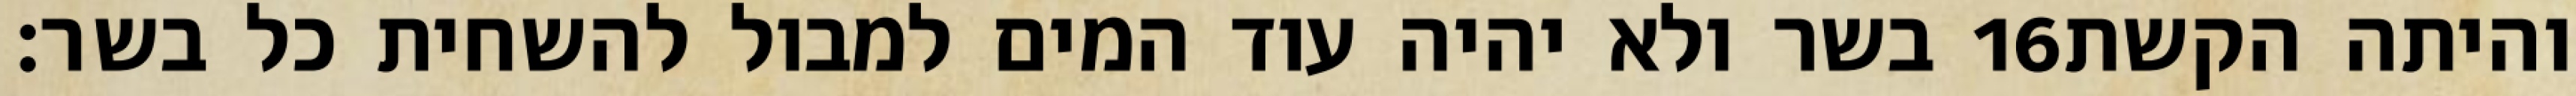
בשר ולא יהיה עוד המים למבול להשחית כל בשר׃ ‎16‏ והיתה הקשת